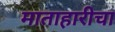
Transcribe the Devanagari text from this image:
माताहारीचा